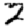
Digit: 2